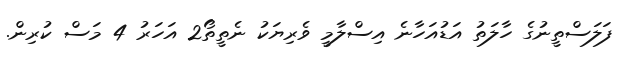
ފަލަސްތީނުގެ ހާލަތު އަޑުއަހާނެ އިސްލާމީ ވެރިޔަކު ނެތީތޯ2 އަހަރު 4 މަސް ކުރިން.